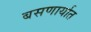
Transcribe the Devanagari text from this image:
बसणार्यात